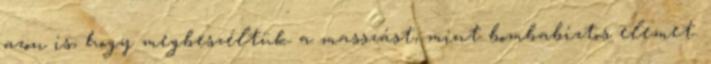
azon is, hogy megbeszéltük a masszást, mint bombabiztos elemet.